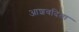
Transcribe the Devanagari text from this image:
आशवदिता